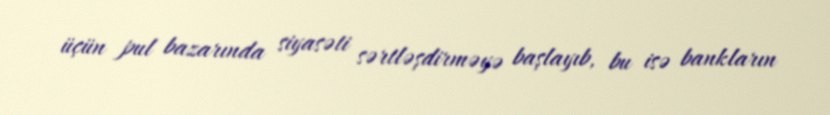
üçün pul bazarında siyasəti sərtləşdirməyə başlayıb, bu isə bankların